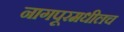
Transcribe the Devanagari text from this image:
नागपूरमधीलच